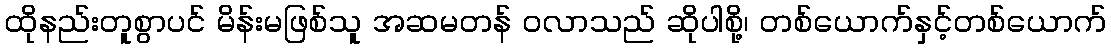
ထိုနည်းတူစွာပင် မိန်းမဖြစ်သူ အဆမတန် ဝလာသည် ဆိုပါစို့၊ တစ်ယောက်နှင့်တစ်ယောက်